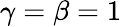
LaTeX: \gamma=\beta=1